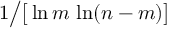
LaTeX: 1 { \big / } { \big [ } \ln m \, \ln ( n - m ) { \big ] }